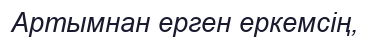
Артымнан ерген еркемсің,